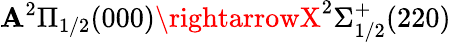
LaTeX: \mathbf{A}^{2}\Pi_{1/2}(000)\rightarrowX^{2}\Sigma_{1/2}^{+}(220)